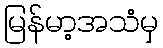
မြန်မာ့အသံမှ